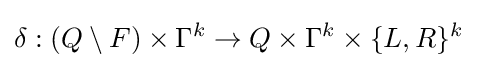
\delta :(Q\setminus F)\times \Gamma ^{k}\to Q\times \Gamma ^{k}\times \{L,R\}^{k}